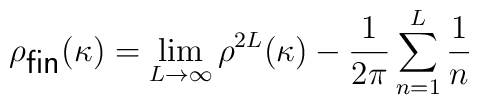
\rho_{\textsf{fin}}(\kappa) =\lim_{L\to \infty} \rho^{2L}(\kappa) - \frac{1}{2\pi}\sum_{n=1}^{L}\frac{1}{n}